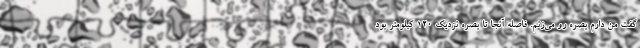
گفت من دارم بصره رو می‌زنم. فاصله آنجا تا بصره نزدیک 120 کیلومتر بود